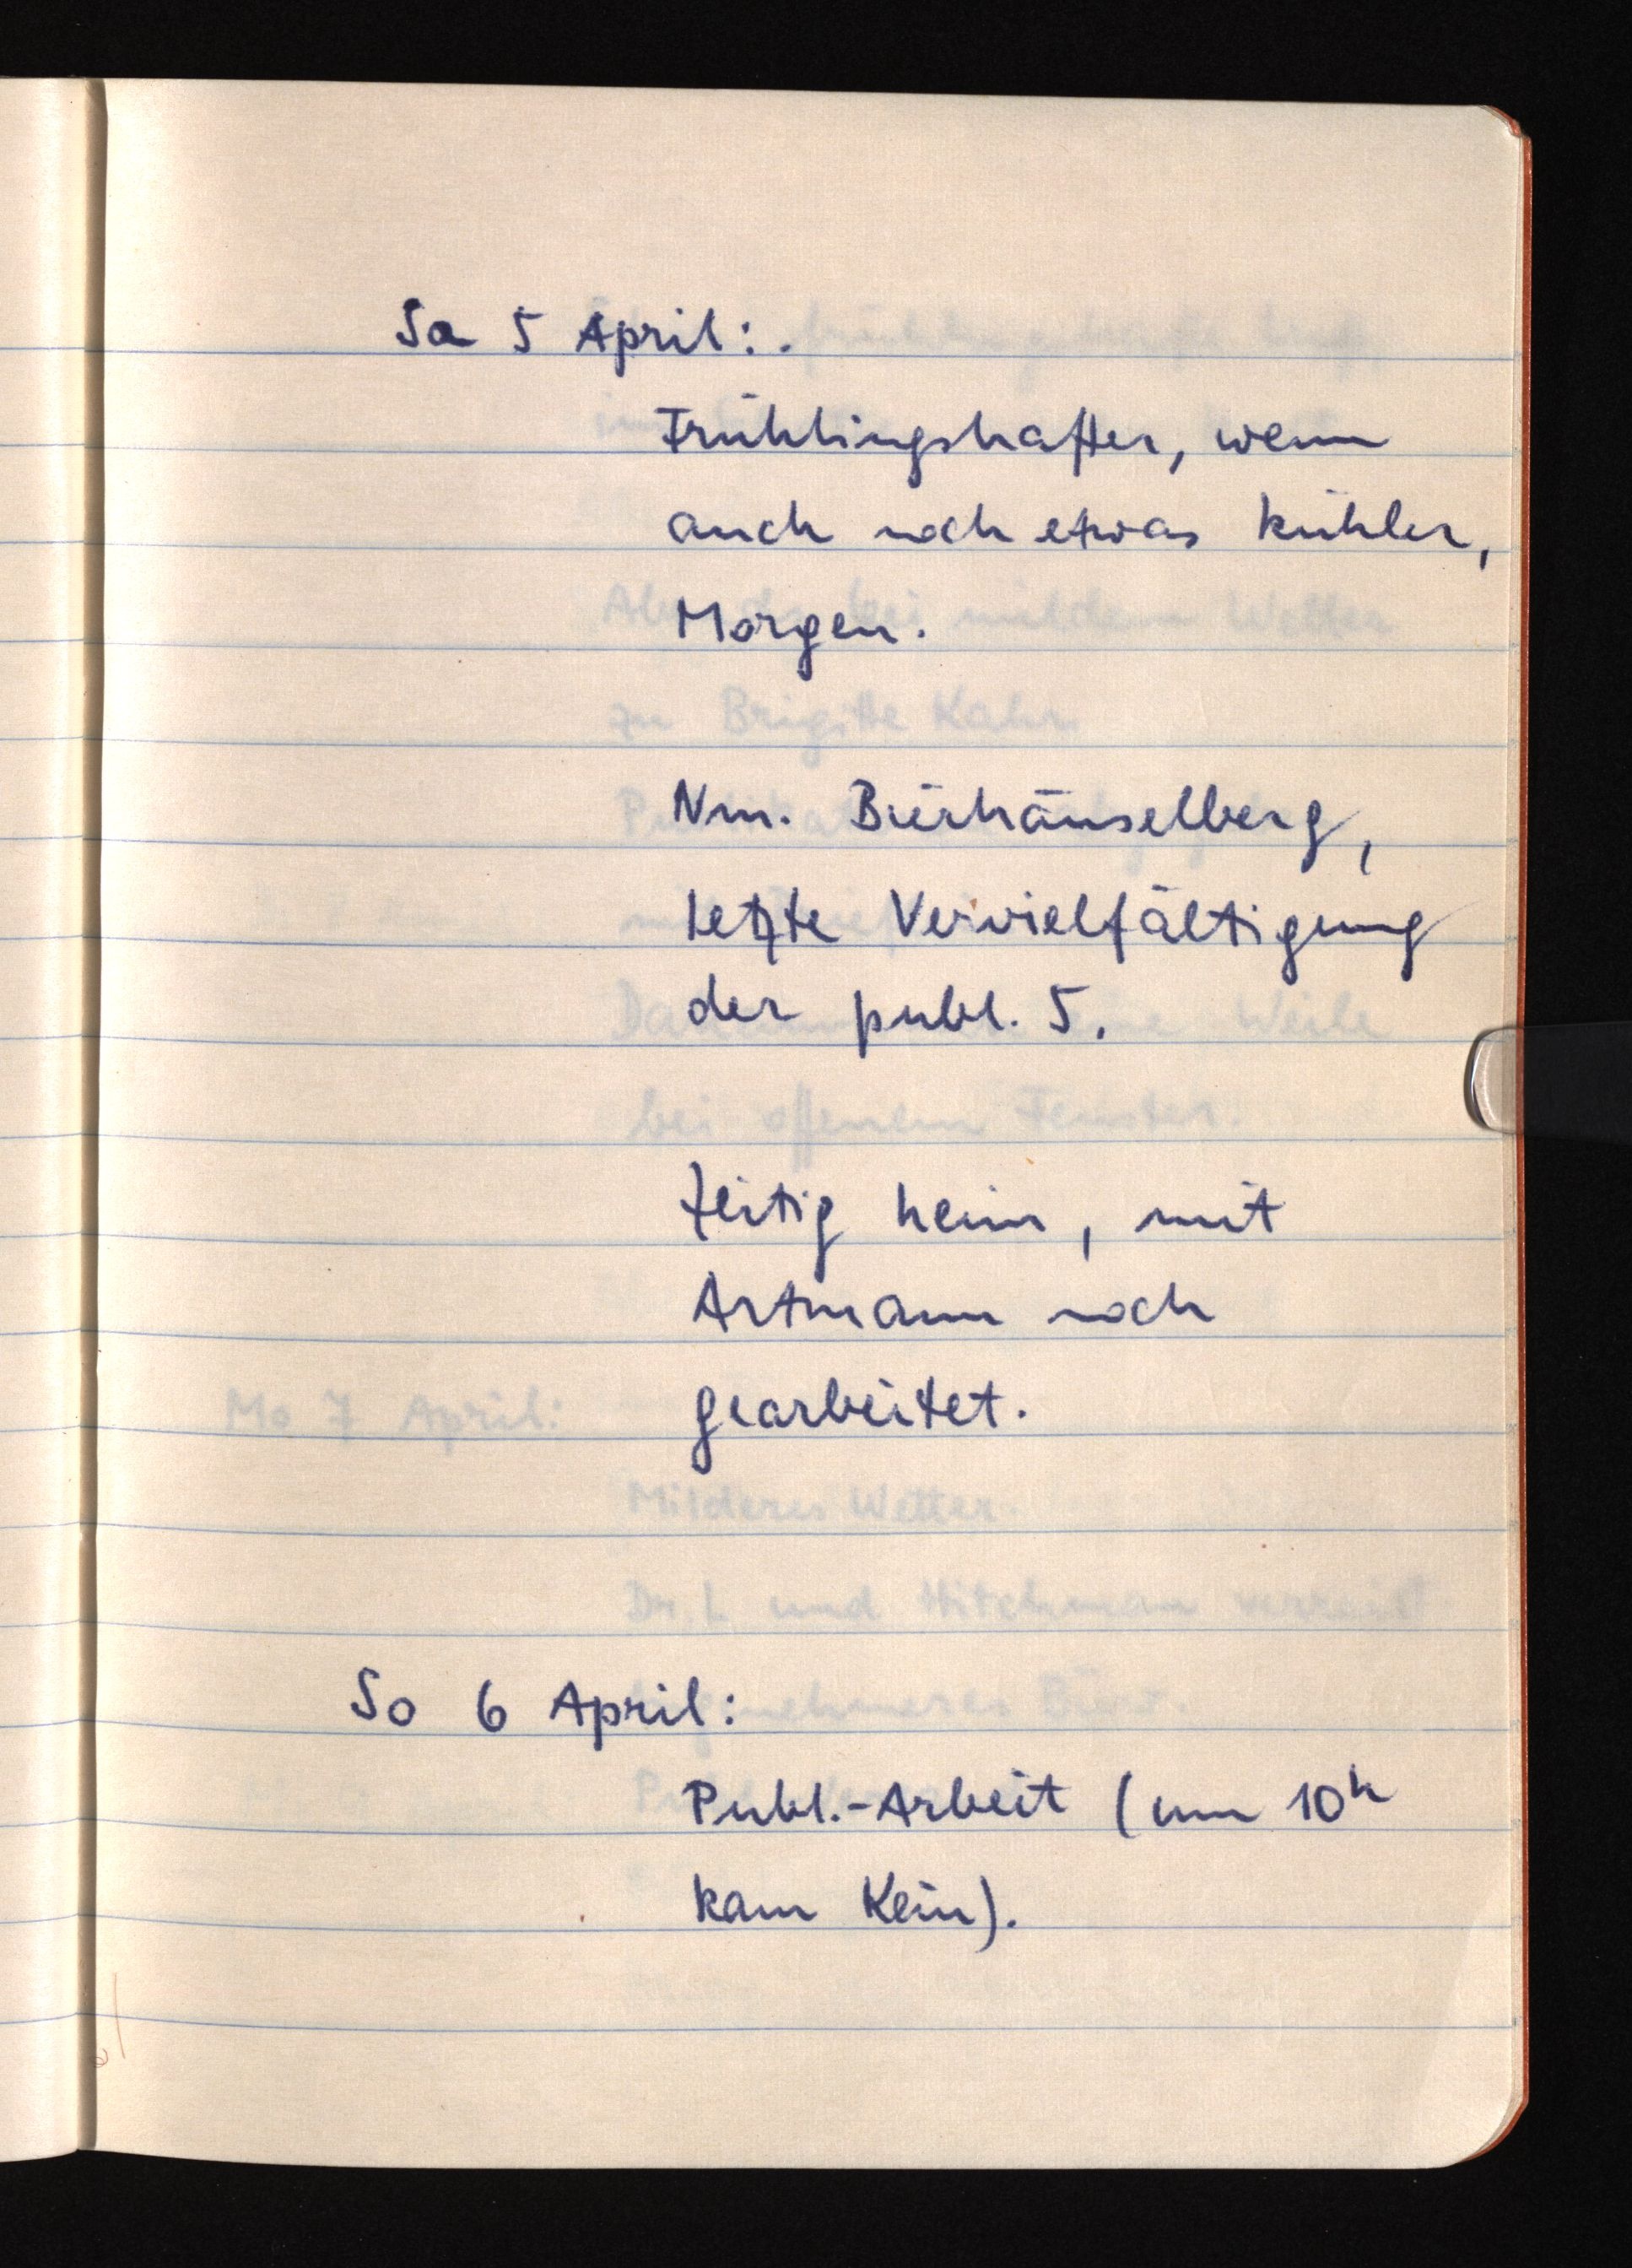
Sa 5 April:
Frühlingshafter, wenn
auch noch etwas kühler,
Morgen.
Nm. Bierhäuselberg,
letzte Vervielfältigung
der publ. 5.
Zeitig heim, mit
Artmann noch
gearbeitet.
So 6 April:
Publ.-Arbeit (um 10h
kam Kein).